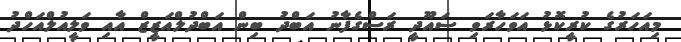
މިއަހަރުގެ ކުރީކޮޅު އަވަހާރަވި ސައޫދީ ރަސްގެފާނު އަބްދު ބިން އަބްދުލްއަޒީޒް އާއި ވަލީއުލްއަހްދު